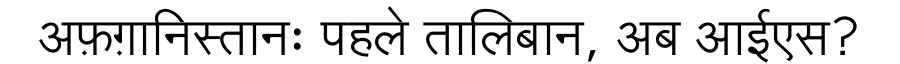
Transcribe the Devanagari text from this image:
अफ़ग़ानिस्तानः पहले तालिबान, अब आईएस?